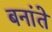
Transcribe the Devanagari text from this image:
बनांते